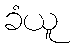
ခံယူ